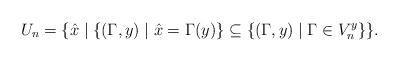
LaTeX: \begin{align*}U_n=\{\hat x \mid\{(\Gamma,y)\mid \hat x=\Gamma(y)\}\subseteq\{(\Gamma,y)\mid \Gamma\in V_n^y\}\}.\end{align*}